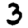
Digit: 3